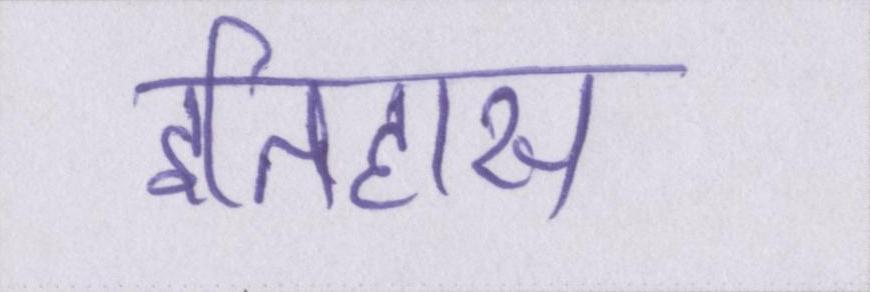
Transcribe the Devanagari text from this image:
इतिहास